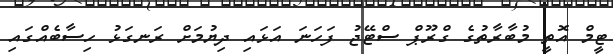
ޓީމް އޮތީ މުބާރާތުގެ ގްރޫޕް ސްޓޭޖު ފަހަނަ އަޅައި ދިޔުމަށް ރަނގަޅު ހިސާބެއްގައި